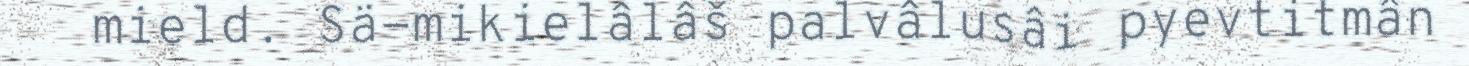
mield. Sä-mikielâlâš palvâlusâi pyevtitmân